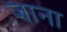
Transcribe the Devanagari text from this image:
जाना